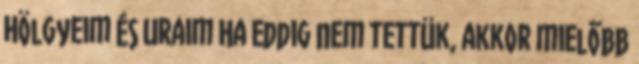
Hölgyeim és Uraim Ha eddig nem tettük, akkor mielőbb